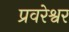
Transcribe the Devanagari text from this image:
प्रवरेश्वर